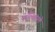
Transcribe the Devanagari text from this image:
नाभिसंधत्ते